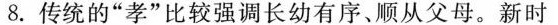
8.传统的”孝”比较强调长幼有序、顺从父母。新时